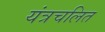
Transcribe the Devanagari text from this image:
यंत्रचलित